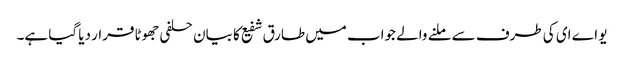
یو اے ای کی طرف سے ملنے والے جواب میں طارق شفیع کا بیان حلفی جھوٹا قرار دیا گیا ہے۔